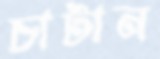
চাটান